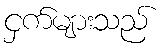
ငှက်များသည်